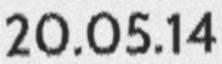
20.05.14